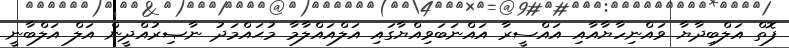
ފޮތް އަލްބިދާޔާ ވައްނިހާޔާއާއި އައްސީރާ އައްނަބަވިއްޔާގައި އަލްއައްލާމާ މުޙައްމަދު ނާޞިރުއްދީން އަލް އަލްބާނީ